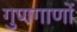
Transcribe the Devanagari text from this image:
गुणगाणों